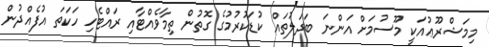
މިމަޝްރޫޢުއަކީ މޫސުމަށް އަންނަ ބަދަލުތައް ކުޑަކުރުމުގެ ގޮތުން ތިމާވެއްޓާއި ރައްޓެހި ހަކަތަ އުފެއްދުން